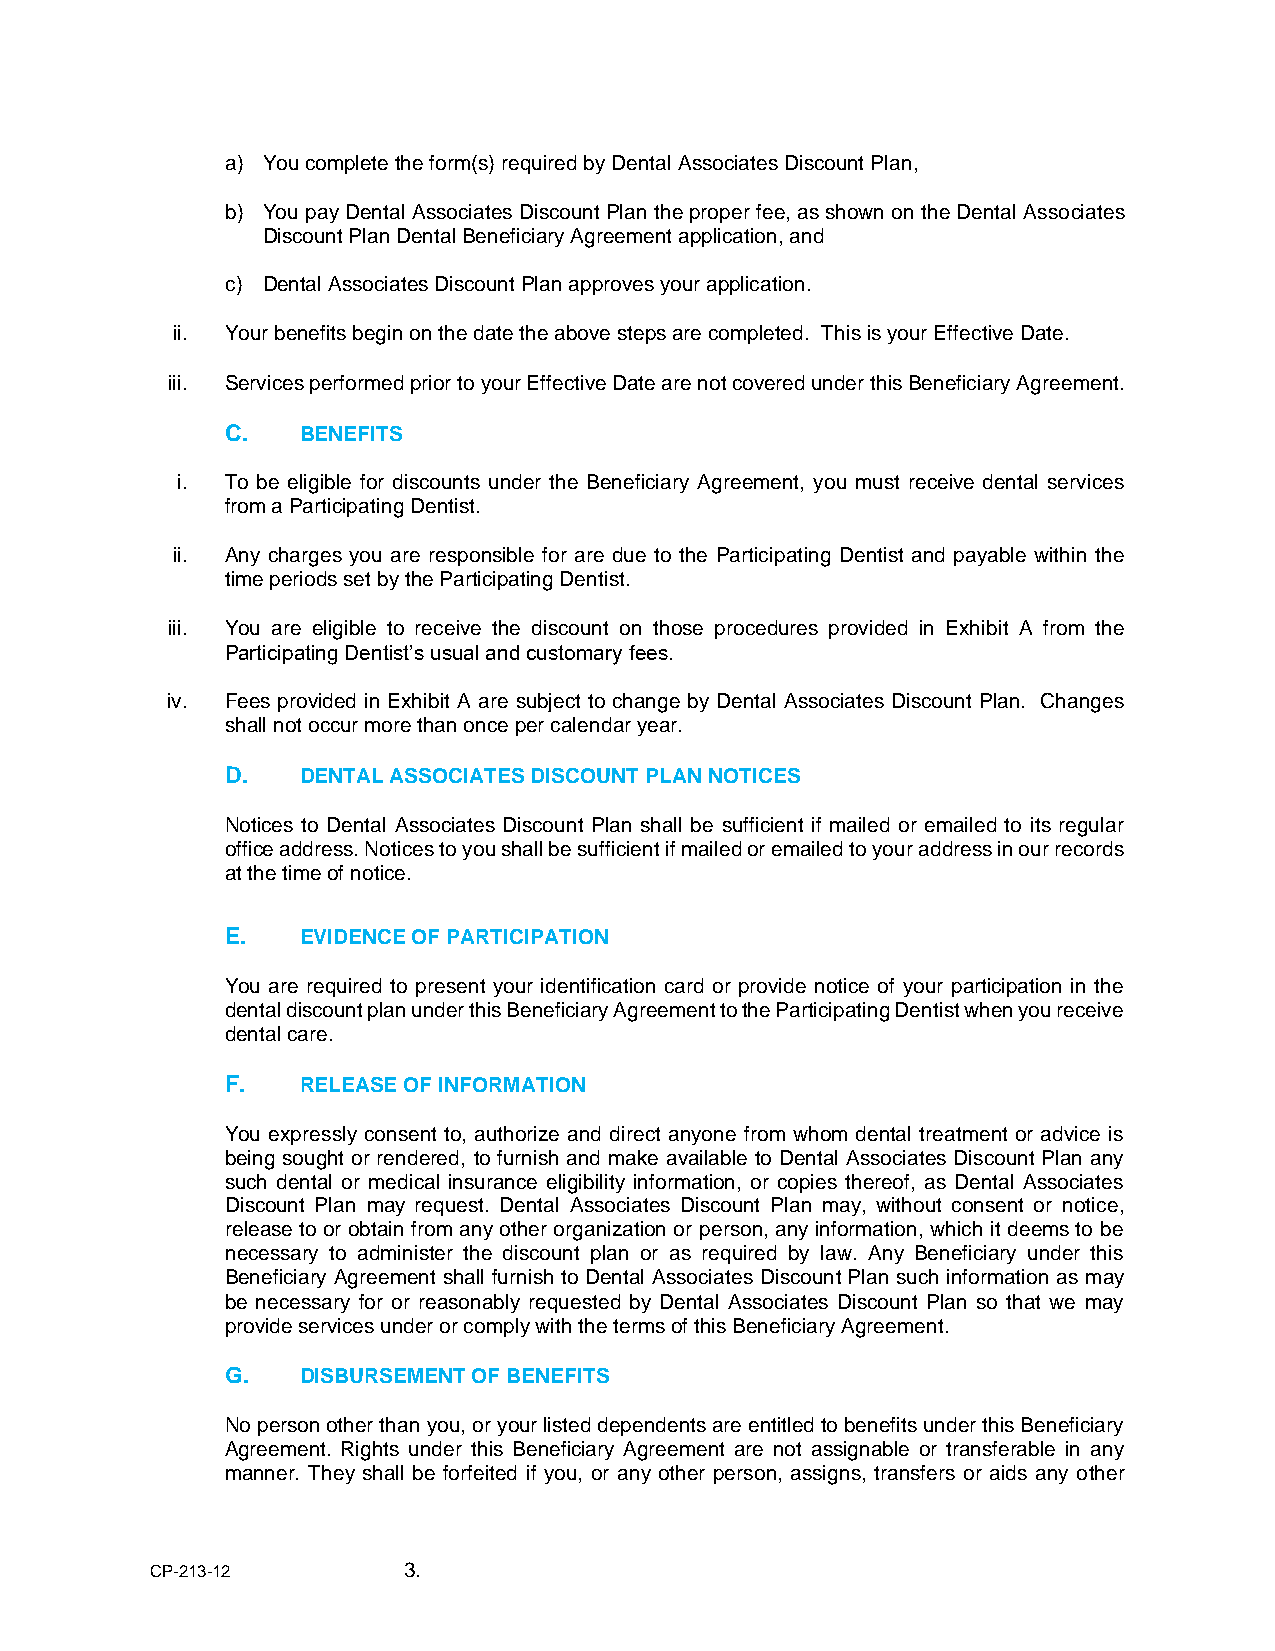
a) You complete the form(s) required by Dental Associates Discount Plan,
 b) You pay Dental Associates Discount Plan the proper fee, as shown on the Dental Associates
 Discount Plan Dental Beneficiary Agreement application, and
 c) Dental Associates Discount Plan approves your application.
 ii. Your benefits begin on the date the above steps are completed. This is your Effective Date.
 iii. Services performed prior to your Effective Date are not covered under this Beneficiary Agreement.
 C.   BENEFITS
 i. To be eligible for discounts under the Beneficiary Agreement, you must receive dental services
 from a Participating Dentist.
 ii. Any charges you are responsible for are due to the Participating Dentist and payable within the
 time periods set by the Participating Dentist.
 iii. You are eligible to receive the discount on those procedures provided in Exhibit A from the
 Participating Dentist’s usual and customary fees.
 iv. Fees provided in Exhibit A are subject to change by Dental Associates Discount Plan. Changes
 shall not occur more than once per calendar year.
 D.   DENTAL ASSOCIATES DISCOUNT PLAN NOTICES
 Notices to Dental Associates Discount Plan shall be sufficient if mailed or emailed to its regular
 office address. Notices to you shall be sufficient if mailed or emailed to your address in our records
 at the time of notice.
 E.   EVIDENCE OF PARTICIPATION
 You are required to present your identification card or provide notice of your participation in the
 dental discount plan under this Beneficiary Agreement to the Participating Dentist when you receive
 dental care.
 F.   RELEASE OF INFORMATION
 You expressly consent to, authorize and direct anyone from whom dental treatment or advice is
 being sought or rendered, to furnish and make available to Dental Associates Discount Plan any
 such dental or medical insurance eligibility information, or copies thereof, as Dental Associates
 Discount Plan may request. Dental Associates Discount Plan may, without consent or notice,
 release to or obtain from any other organization or person, any information, which it deems to be
 necessary to administer the discount plan or as required by law. Any Beneficiary under this
 Beneficiary Agreement shall furnish to Dental Associates Discount Plan such information as may
 be necessary for or reasonably requested by Dental Associates Discount Plan so that we may
 provide services under or comply with the terms of this Beneficiary Agreement.
 G.   DISBURSEMENT OF BENEFITS
 No person other than you, or your listed dependents are entitled to benefits under this Beneficiary
 Agreement. Rights under this Beneficiary Agreement are not assignable or transferable in any
 manner. They shall be forfeited if you, or any other person, assigns, transfers or aids any other
 CP-213-12        3.